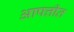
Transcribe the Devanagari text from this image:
आपत्तीत